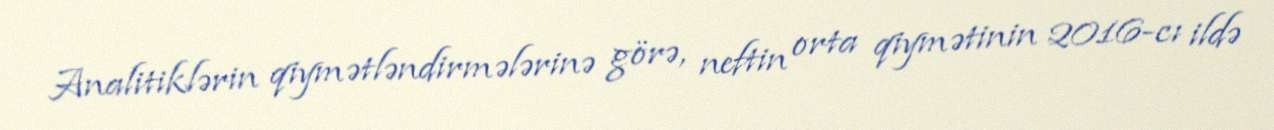
Analitiklərin qiymətləndirmələrinə görə, neftin orta qiymətinin 2016-cı ildə